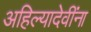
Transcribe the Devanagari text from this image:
अहिल्यादेवींना